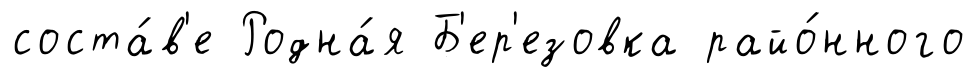
соста́в'е Родна́я Б'ер'езовка райо́нного